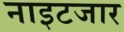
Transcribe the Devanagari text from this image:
नाइटजार